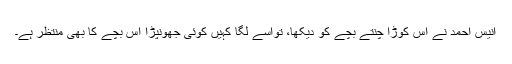
انیس احمد نے اُس کوڑا چنتے بچّے کو دیکھا، تواُسے لگا کہیں کوئی جھونپڑا اس بچّے کا بھی منتظر ہے۔